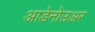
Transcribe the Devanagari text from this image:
आडेनोउअर